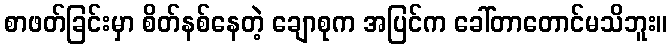
စာဖတ်ခြင်းမှာ စိတ်နစ်နေတဲ့ ချောစုက အပြင်က ခေါ်တာတောင်မသိဘူး။